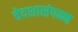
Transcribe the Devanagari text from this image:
वेदशासंपन्न